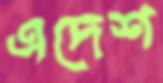
এদেশ